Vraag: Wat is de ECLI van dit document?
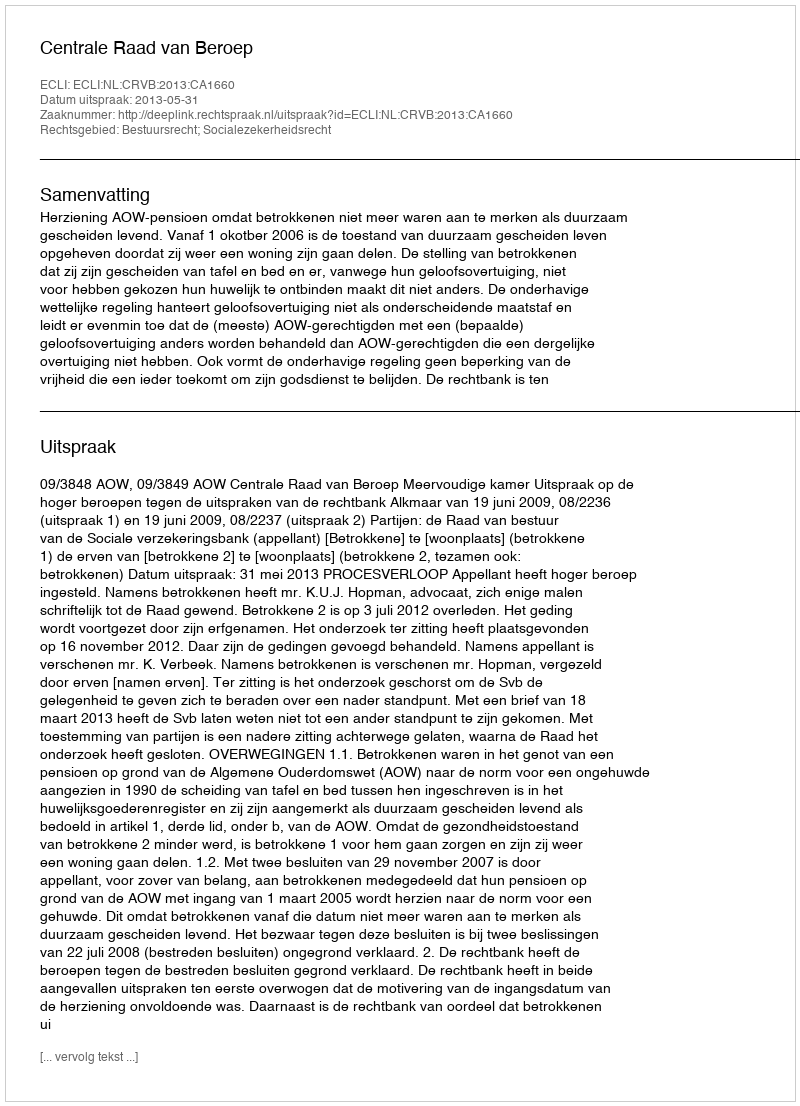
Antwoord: ECLI:NL:CRVB:2013:CA1660